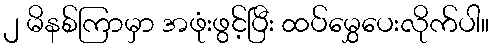
၂ မိနစ်ကြာမှာ အဖုံးဖွင့်ပြီး ထပ်မွှေပေးလိုက်ပါ။